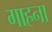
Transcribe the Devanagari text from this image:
गाहना